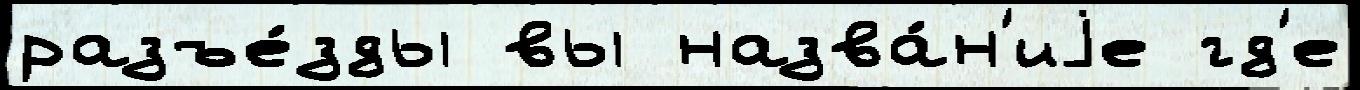
разъе́зды вы назва́н'иjе гд'е